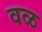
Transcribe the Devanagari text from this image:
वळ